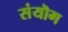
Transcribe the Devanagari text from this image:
संयॊग